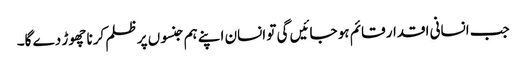
جب انسانی اقدار قائم ہو جائیں گی تو انسان اپنے ہم جنسوں پر ظلم کرنا چھوڑ دے گا۔